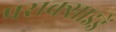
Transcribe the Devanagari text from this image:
पराक्साइडें